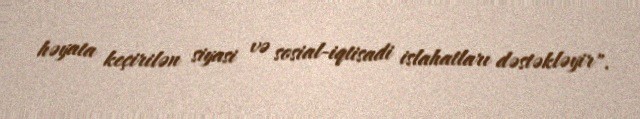
həyata keçirilən siyasi və sosial-iqtisadi islahatları dəstəkləyir".